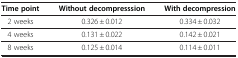
<table><thead><tr><td><b>Time point</b></td><td><b>Without decompresssion</b></td><td><b>With decompression</b></td></tr></thead><tbody><tr><td>2 weeks</td><td>0.326 ± 0.012</td><td>0.334 ± 0.032</td></tr><tr><td>4 weeks</td><td>0.131 ± 0.022</td><td>0.142 ± 0.021</td></tr><tr><td>8 weeks</td><td>0.125 ± 0.014</td><td>0.114 ± 0.011</td></tr></tbody></table>